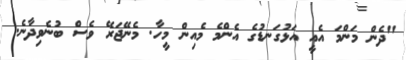
"ދެން މަންމަ އެއީ އަޅުގަނޑުގެ އެންމެ މެއިން މީހާ. މެނޭޖަރޭ ވެސް ބުނެވިދާނެ.